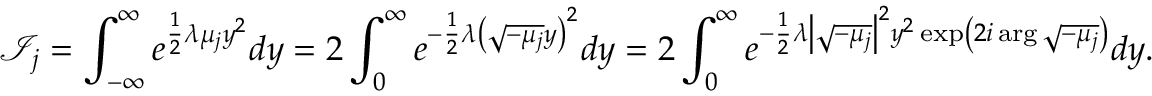
{ \mathcal { I } } _ { j } = \int _ { - \infty } ^ { \infty } e ^ { { \frac { 1 } { 2 } } \lambda \mu _ { j } y ^ { 2 } } d y = 2 \int _ { 0 } ^ { \infty } e ^ { - { \frac { 1 } { 2 } } \lambda \left( { \sqrt { - \mu _ { j } } } y \right) ^ { 2 } } d y = 2 \int _ { 0 } ^ { \infty } e ^ { - { \frac { 1 } { 2 } } \lambda \left| { \sqrt { - \mu _ { j } } } \right| ^ { 2 } y ^ { 2 } \exp \left( 2 i \arg { \sqrt { - \mu _ { j } } } \right) } d y .